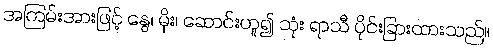
အကြမ်းအားဖြင့် နွေ၊ မိုး၊ ဆောင်းဟူ၍ သုံး ရာသီ ပိုင်းခြားထားသည်။